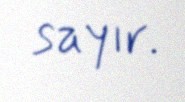
sayır.